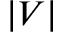
| V |